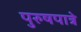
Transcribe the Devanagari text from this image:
पुरुषपात्रे